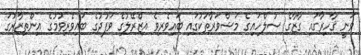
ވަނީ ޤާހިރާގައި ގާޒާގެ ސުލްހައިގެ މަޝްވަރާތަކުގައި ބައިވެރިވެ އިޒްރޭލުގެ ވަފުދުގެ ބައިވެރިވުމުގެ އިންތިޒާރުގަ